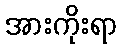
အားကိုးရာ